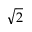
\sqrt { 2 }